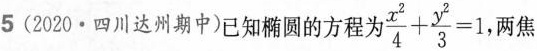
5(2020·四川达州期中)已知椭圆的方程为$$\frac{x^{2}}{4}+ \frac{y^{2}}{3}=1$$,两焦